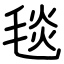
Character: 毯